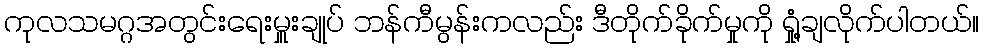
ကုလသမဂ္ဂအတွင်းရေးမှူးချုပ် ဘန်ကီမွန်းကလည်း ဒီတိုက်ခိုက်မှုကို ရှုံ့ချလိုက်ပါတယ်။